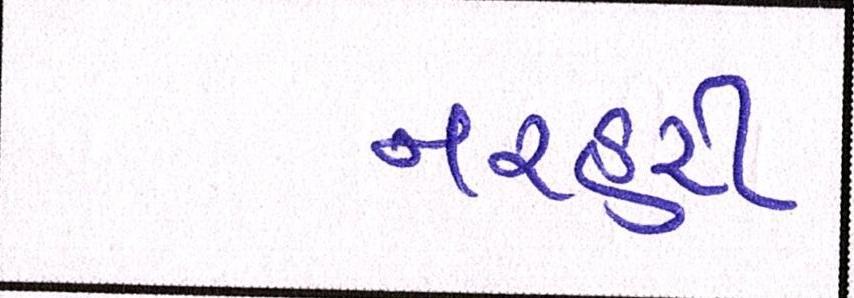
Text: નરહરી